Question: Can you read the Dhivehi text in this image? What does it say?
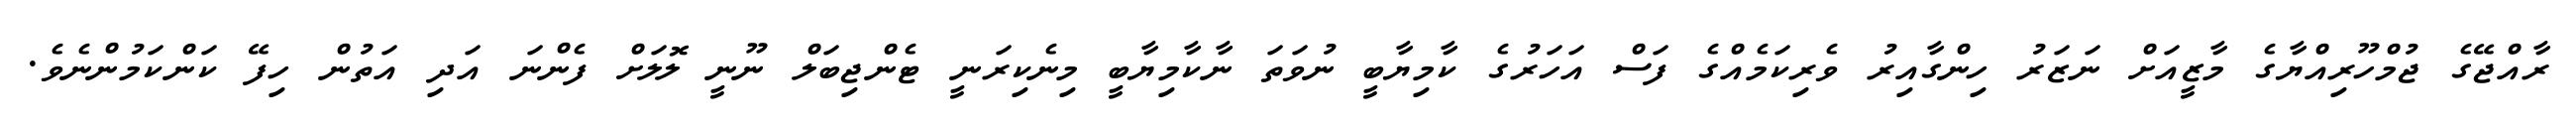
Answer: ރާއްޖޭގެ ޖުމްހޫރިއްޔާގެ މާޒީއަށް ނަޒަރު ހިންގާއިރު ވެރިކަމެއްގެ ފަސް އަހަރުގެ ކާމިޔާބީ ނުވަތަ ނާކާމިޔާބީ މިނެކިރަނީ ޓެންޖިބަލް ނޫނީ ލޮލަށް ފެންނަ އަދި އަތުން ހިފޭ ކަންކަމުންނެވެ.